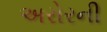
અરોરની